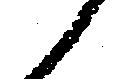
候